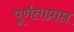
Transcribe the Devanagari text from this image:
पूर्णताप्राप्त